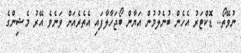
ނުވޭތޯ.. ޑޮކްޓަރު އެހެން ބުނެލުމުން އަޔާން ބޯޖަހާލާފައި އެތެރެއަށް ވަނެވެ އޭރު މެޝިންގެ